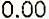
0.00